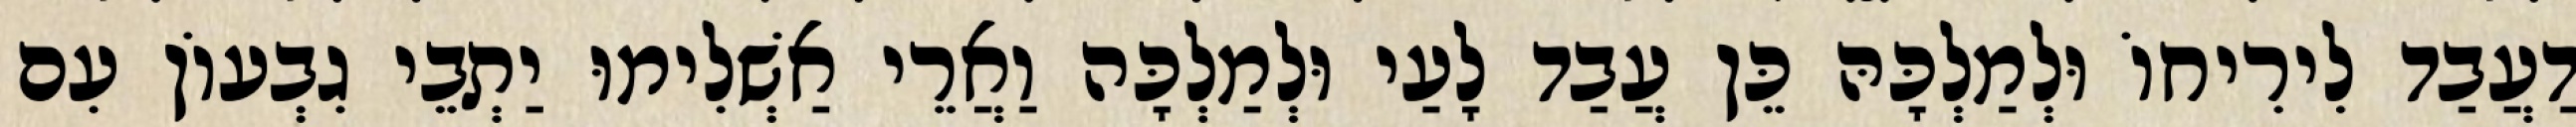
דַעֲבַד לִירִיחוֹ וּלְמַלְכָּהּ כֵּן עֲבַד לָעַי וּלְמַלְכָּה וַאֲרֵי אַשְׁלִימוּ יַתְבֵי גִבְעוֹן עִם